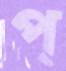
প্